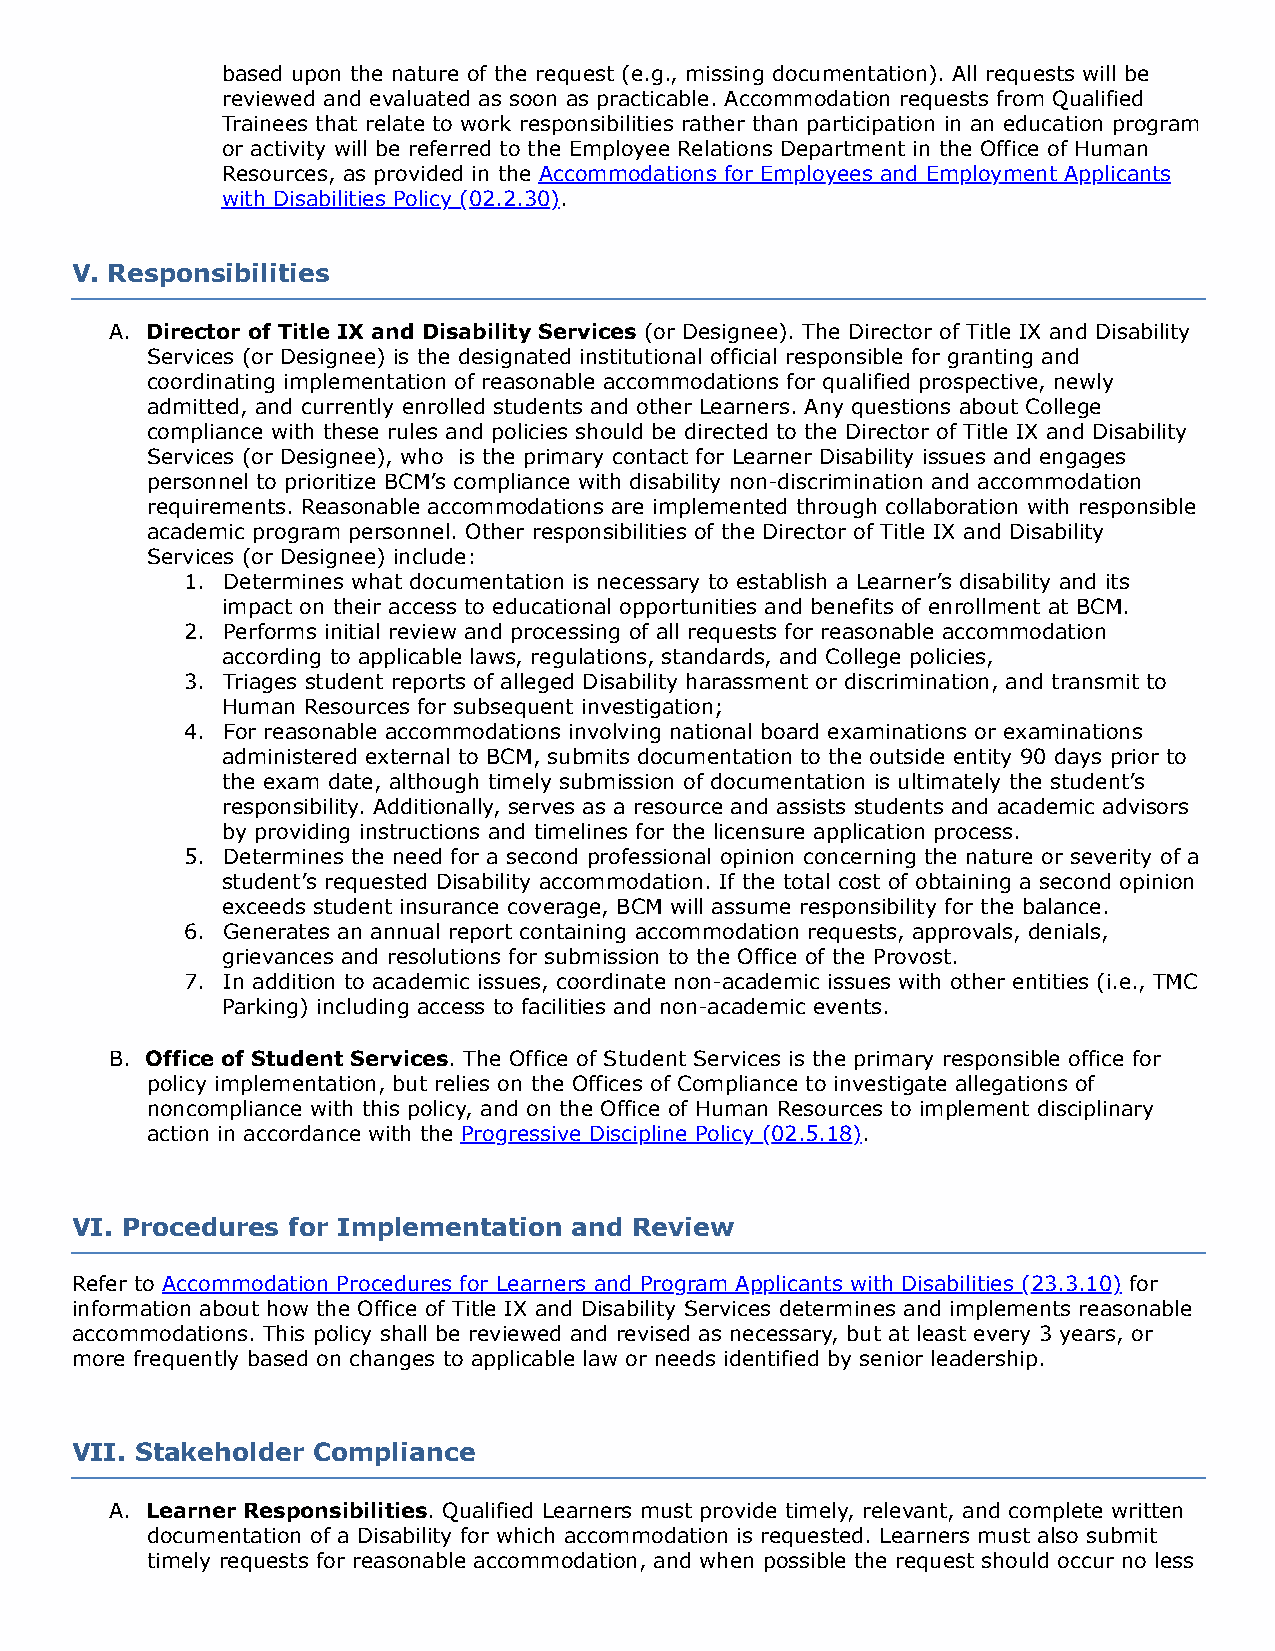
based upon the nature of the request (e.g., missing documentation). All requests will be
 reviewed and evaluated as soon as practicable. Accommodation requests from Qualified
 Trainees that relate to work responsibilities rather than participation in an education program
 or activity will be referred to the Employee Relations Department in the Office of Human
 Resources, as provided in the Accommodations for Employees and Employment Applicants
 with Disabilities Policy (02.2.30).
 V. Responsibilities
 A. Director of Title IX and Disability Services (or Designee). The Director of Title IX and Disability
 Services (or Designee) is the designated institutional official responsible for granting and
 coordinating implementation of reasonable accommodations for qualified prospective, newly
 admitted, and currently enrolled students and other Learners. Any questions about College
 compliance with these rules and policies should be directed to the Director of Title IX and Disability
 Services (or Designee), who is the primary contact for Learner Disability issues and engages
 personnel to prioritize BCM’s compliance with disability non-discrimination and accommodation
 requirements. Reasonable accommodations are implemented through collaboration with responsible
 academic program personnel. Other responsibilities of the Director of Title IX and Disability
 Services (or Designee) include:
 1. Determines what documentation is necessary to establish a Learner’s disability and its
 impact on their access to educational opportunities and benefits of enrollment at BCM.
 2. Performs initial review and processing of all requests for reasonable accommodation
 according to applicable laws, regulations, standards, and College policies,
 3. Triages student reports of alleged Disability harassment or discrimination, and transmit to
 Human Resources for subsequent investigation;
 4. For reasonable accommodations involving national board examinations or examinations
 administered external to BCM, submits documentation to the outside entity 90 days prior to
 the exam date, although timely submission of documentation is ultimately the student’s
 responsibility. Additionally, serves as a resource and assists students and academic advisors
 by providing instructions and timelines for the licensure application process.
 5. Determines the need for a second professional opinion concerning the nature or severity of a
 student’s requested Disability accommodation. If the total cost of obtaining a second opinion
 exceeds student insurance coverage, BCM will assume responsibility for the balance.
 6. Generates an annual report containing accommodation requests, approvals, denials,
 grievances and resolutions for submission to the Office of the Provost.
 7. In addition to academic issues, coordinate non-academic issues with other entities (i.e., TMC
 Parking) including access to facilities and non-academic events.
 B. Office of Student Services. The Office of Student Services is the primary responsible office for
 policy implementation, but relies on the Offices of Compliance to investigate allegations of
 noncompliance with this policy, and on the Office of Human Resources to implement disciplinary
 action in accordance with the Progressive Discipline Policy (02.5.18).
 VI. Procedures for Implementation and Review
 Refer to Accommodation Procedures for Learners and Program Applicants with Disabilities (23.3.10) for
 information about how the Office of Title IX and Disability Services determines and implements reasonable
 accommodations. This policy shall be reviewed and revised as necessary, but at least every 3 years, or
 more frequently based on changes to applicable law or needs identified by senior leadership.
 VII. Stakeholder Compliance
 A. Learner Responsibilities. Qualified Learners must provide timely, relevant, and complete written
 documentation of a Disability for which accommodation is requested. Learners must also submit
 timely requests for reasonable accommodation, and when possible the request should occur no less